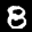
Label: 8